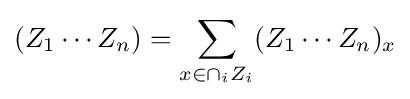
(Z_{1}\cdots Z_{n})=\sum _{x\in \cap _{i}Z_{i}}(Z_{1}\cdots Z_{n})_{x}